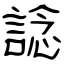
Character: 諗